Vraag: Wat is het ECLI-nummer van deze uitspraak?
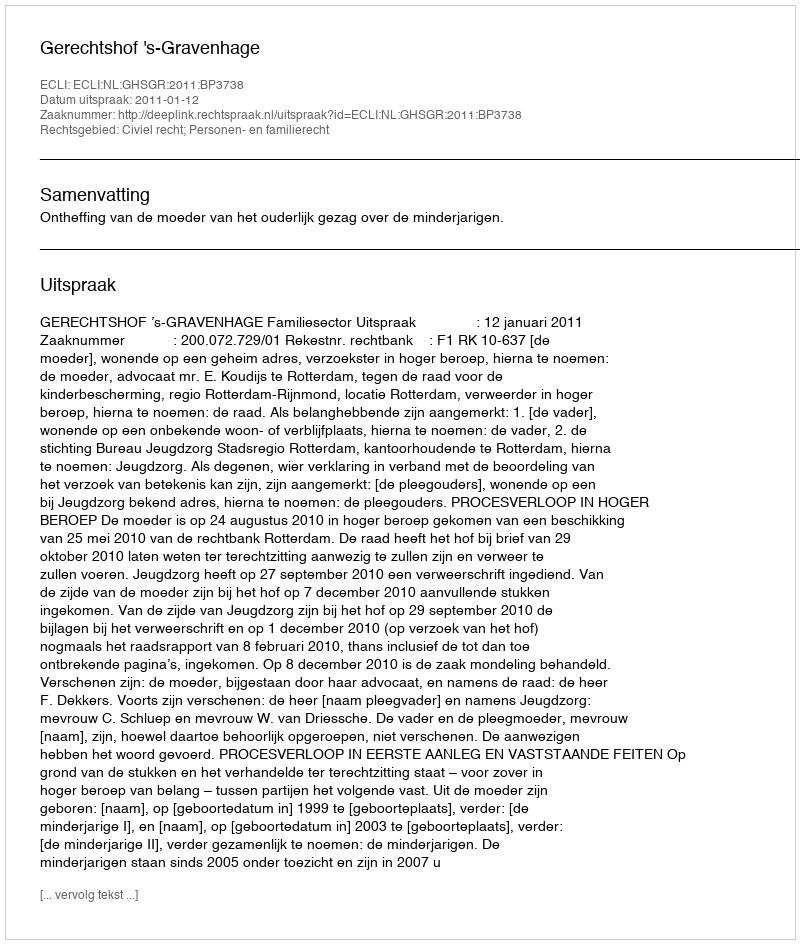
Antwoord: ECLI:NL:GHSGR:2011:BP3738